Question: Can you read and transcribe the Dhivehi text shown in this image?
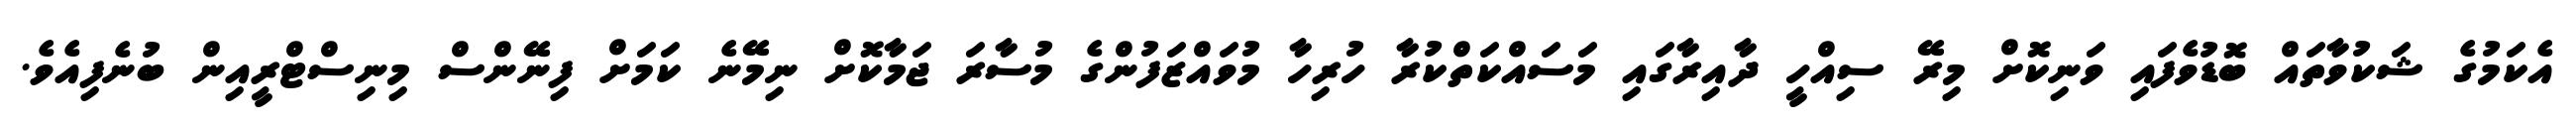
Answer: އެކަމުގެ ޝަކުވާތައް ބޮޑުވެފައި ވަނިކޮށް މިރޭ ސިއްހީ ދާއިރާގައި މަސައްކަތްކުރާ ހުރިހާ މުވައްޒަފުންގެ މުސާރަ ޖަމާކޮށް ނިމޭނެ ކަމަށް ފިނޭންސް މިނިސްޓްރީއިން ބުނެފިއެވެ.